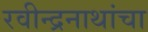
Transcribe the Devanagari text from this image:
रवीन्द्रनाथांचा